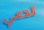
تدعي